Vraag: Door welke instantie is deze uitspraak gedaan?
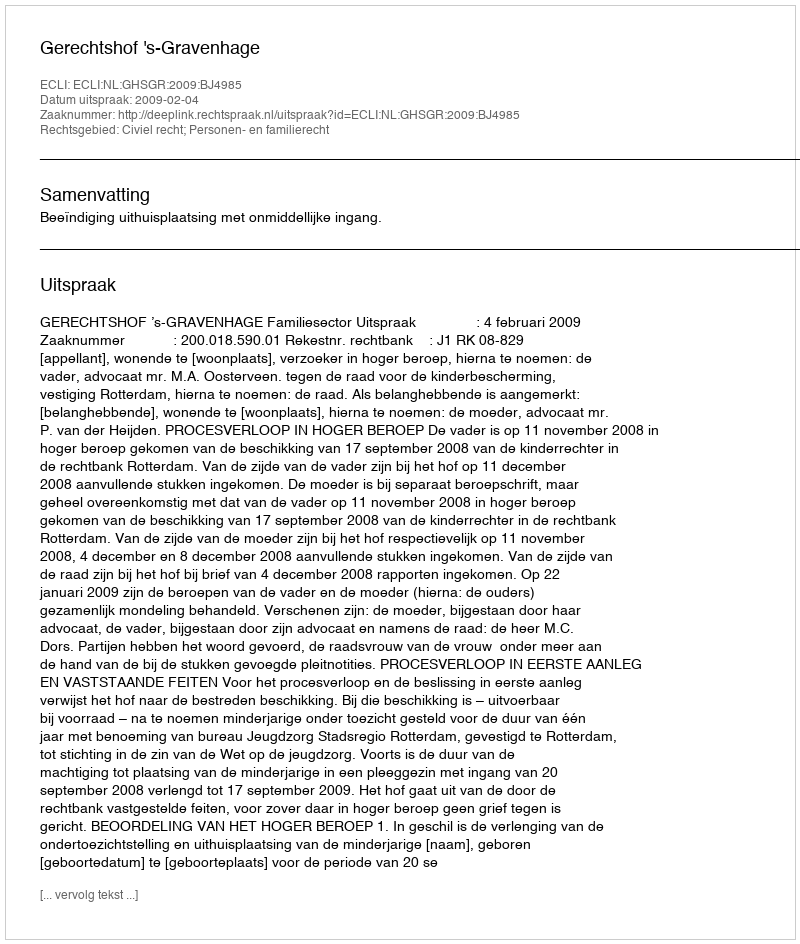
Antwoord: Gerechtshof 's-Gravenhage